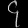
Digit: ၄